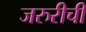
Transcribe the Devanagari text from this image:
जरुरीची